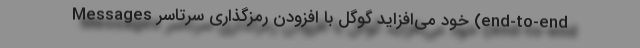
Messages خود می‌افزاید گوگل با افزودن رمزگذاری سرتاسر (end-to-end